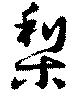
梨